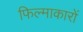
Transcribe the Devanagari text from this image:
फिल्माकारों